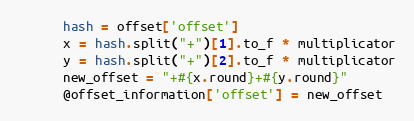
Language: Ruby
      hash = offset['offset']
      x = hash.split("+")[1].to_f * multiplicator
      y = hash.split("+")[2].to_f * multiplicator
      new_offset = "+#{x.round}+#{y.round}"
      @offset_information['offset'] = new_offset